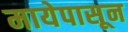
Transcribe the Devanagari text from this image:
मायेपासून